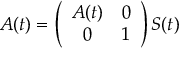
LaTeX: { \cal A } ( t ) = \left( \begin{array} { c c } { { A ( t ) } } & { { 0 } } \\ { { 0 } } & { { 1 } } \end{array} \right) S ( t )